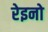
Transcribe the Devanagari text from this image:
रेइनो